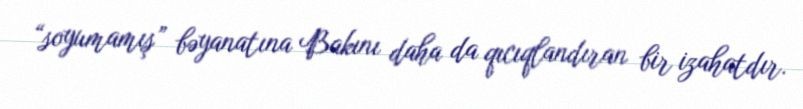
“soyumamış” bəyanatına Bakını daha da qıcıqlandıran bir izahatdır.